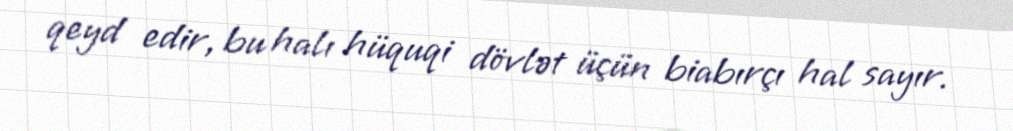
qeyd edir, bu halı hüquqi dövlət üçün biabırçı hal sayır.